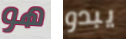
هو يبدو